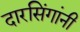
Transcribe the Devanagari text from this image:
दारसिंगांनी